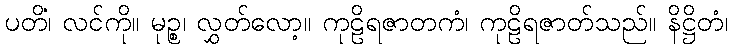
ပတိံ၊ လင်ကို။ မုဉ္စ၊ လွှတ်လော့။ ကုဠိရဇာတကံ၊ ကုဠိရဇာတ်သည်။ နိဋ္ဌိတံ၊